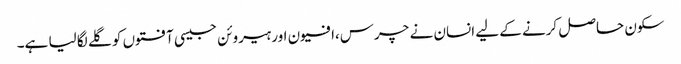
سکون حاصل کرنے کے لیے انسان نے چرس،افیون اور ہیروئن جیسی آفتوں کو گلے لگا لیا ہے۔